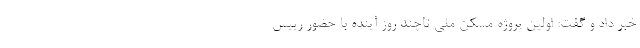
خبر داد و گفت: اولین پروژه مسکن ملی تاچند روز آینده با حضور رییس